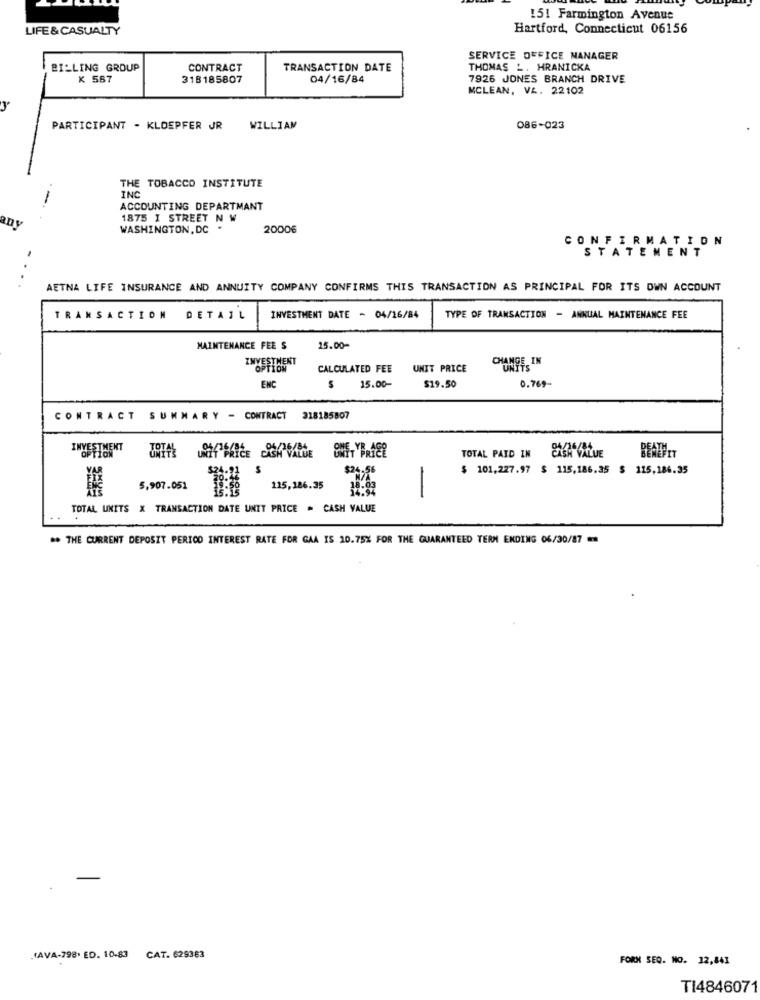
151 Farmington Avenue
LIFE & CASUALTY
Hartford, Connecticut 06156
SERVICE OFFICE MANAGER
BILLING GROUP
CONTRACT
TRANSACTION DATE
THOMAS _. HRANICKA
K 587
318185807
04/16/84
7926 JONES BRANCH DRIVE
MCLEAN, V&. 22102
PARTICIPANT - KLOEPFER JR
WILLIAM
086-023
THE TOBACCO INSTITUTE
INC
ACCOUNTING DEPARTMANT
1875 I STREET N W
WASHINGTON, DC
20006
CONFIRMATION
STATEMENT
. ..
AETNA LIFE INSURANCE AND ANNUITY COMPANY CONFIRMS THIS TRANSACTION AS PRINCIPAL FOR ITS OWN ACCOUNT
TRANSACTION DETAIL
INVESTMENT DATE - 04/16/84
TYPE OF TRANSACTION - ANNUAL MAINTENANCE FEE
MAINTENANCE FEE S
15.00-
INVESTMENT
CALCULATED FEE
UNIT PRICE
CHANGE, IN
ENC
S
15.00-
$19.50
0.769-
CONTRACT SUMMARY - CONTRACT
318185807
INVESTMENT
TOTAL PAID IN
CASH VALUE
$ 101,227.97 $ 115,186.35 $ 115,186.35
5,907.051
115,186.35
-
TOTAL UNITS X TRANSACTION DATE UNIT PRICE . CASH VALUE
** THE CURRENT DEPOSIT PERICO INTEREST RATE FOR GAA IS 10.75% FOR THE GUARANTEED TERM ENDING 06/30/87 **
(AVA-798. ED. 10-83
CAT. 629363
FORN SEQ. NO. 12,841
TI4846071